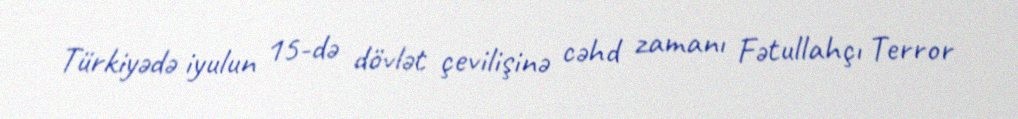
Türkiyədə iyulun 15-də dövlət çevilişinə cəhd zamanı Fətullahçı Terror